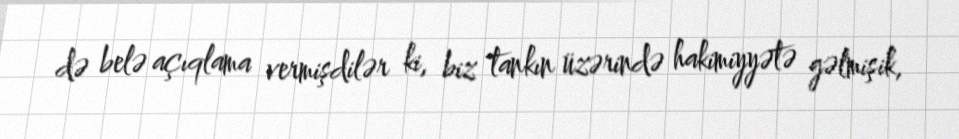
də belə açıqlama vermişdilər ki, biz tankın üzərində hakimiyyətə gəlmişik,